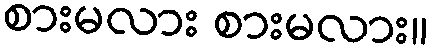
စားမလား စားမလား။